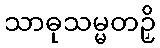
သာဓုသမ္မတဉှိ